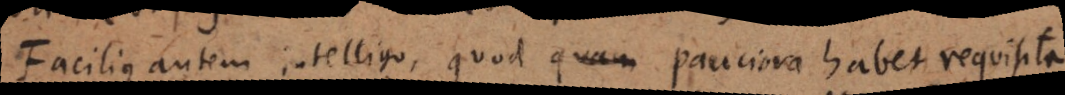
Facilius autem intelligo, quod quam pauciora habet requisita